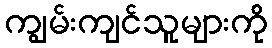
ကျွမ်းကျင်သူများကို